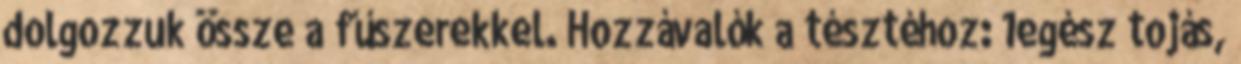
dolgozzuk össze a fűszerekkel. Hozzávalók a tésztéhoz: 1egész tojás,